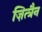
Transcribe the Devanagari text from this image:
ज़ित्त्रैन